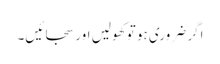
اگر ضروری ہو تو کھولیں اور سجائیں۔